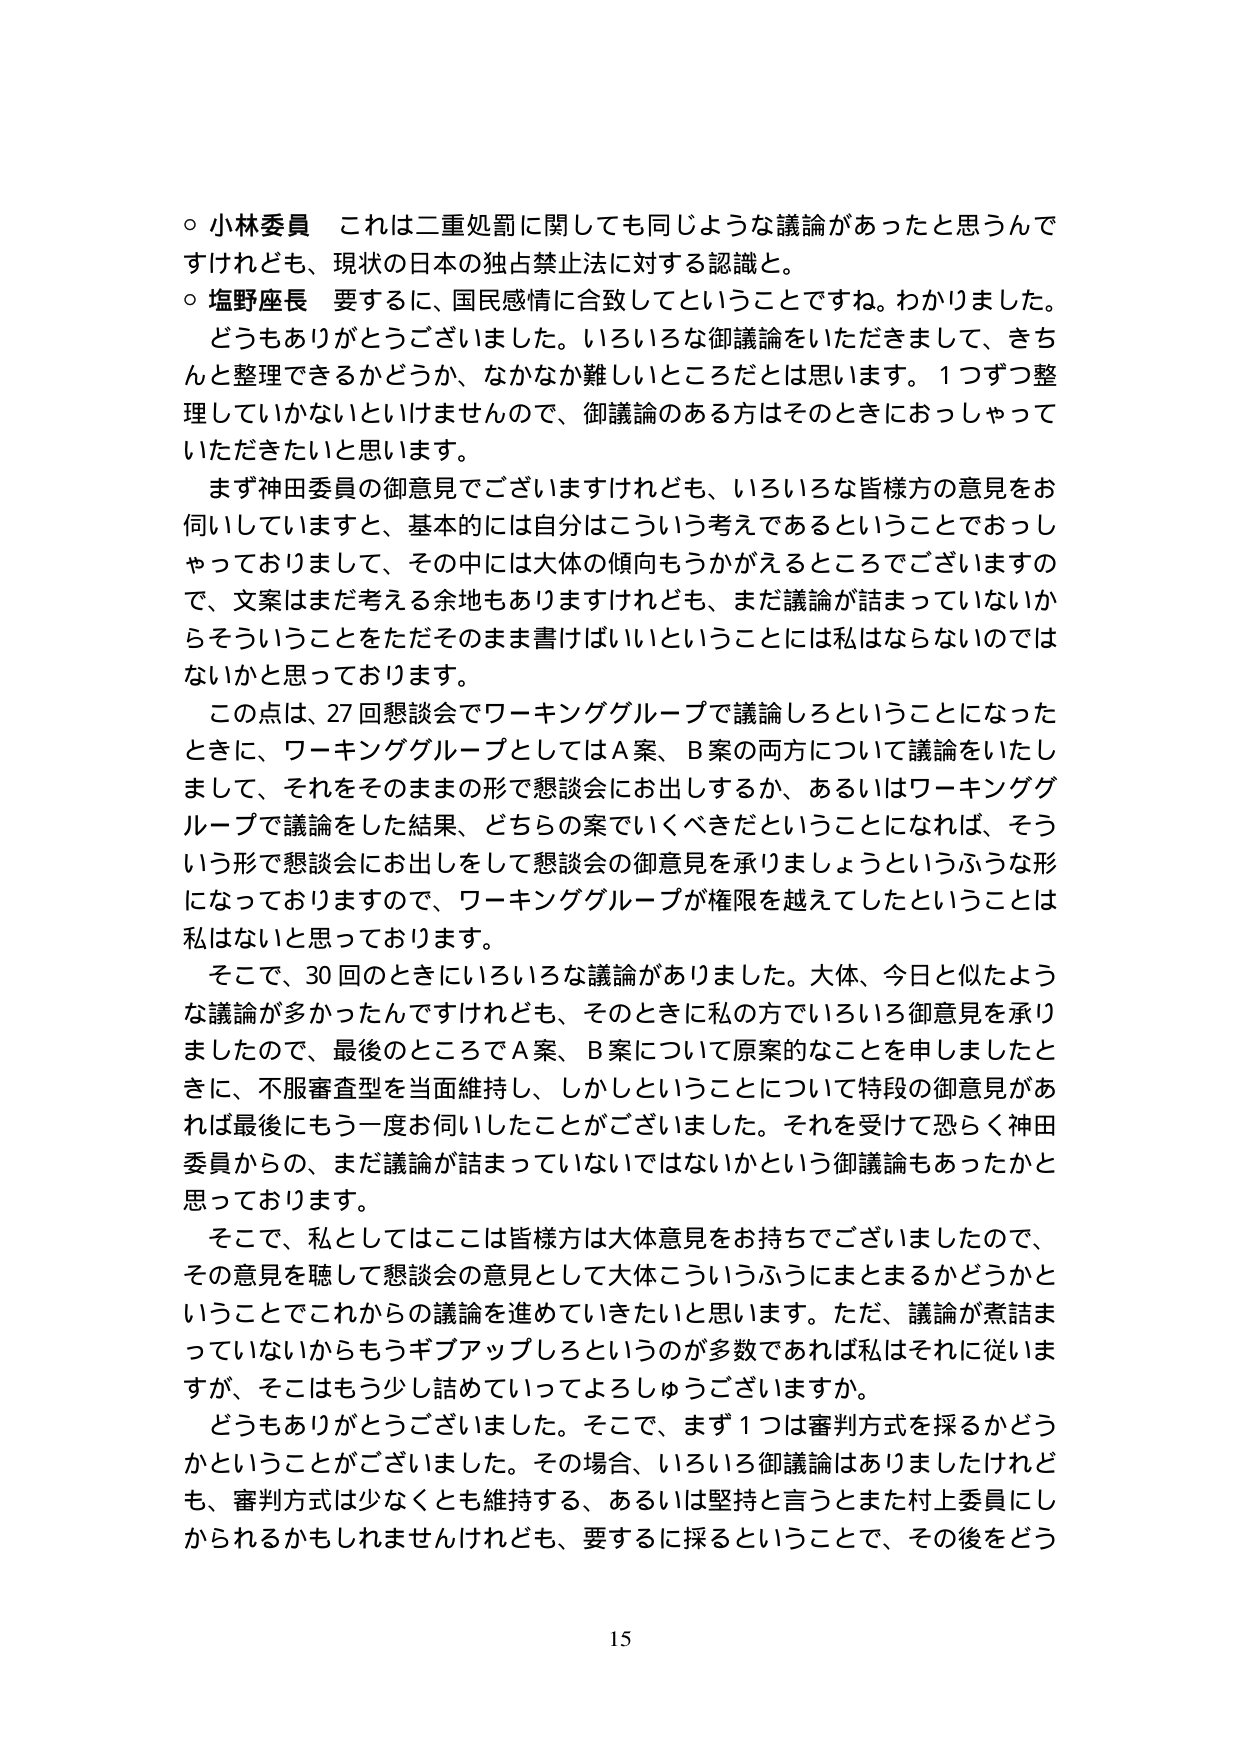
○ 小林委員 これは二重処罰に関しても同じような議論があったと思うんですけれども、現状の日本の独占禁止法に対する認識と。

○ 塩野座長 要するに、国民感情に合致してということですね。わかりました。どうもありがとうございました。いろいろな御議論をいただきまして、きちんと整理できるかどうか、なかなか難しいところだとは思います。1つずつ整理していかないといけませんので、御議論のある方はそのときにおっしゃっていただきたいと思います。

まず神田委員の御意見でございますけれども、いろいろな皆様方の意見をお伺いしていますと、基本的には自分はこういう考えであるということでおっしゃっておりまして、その中には大体の傾向もうかがえるところでございますので、文案はまだ考える余地もありますけれども、まだ議論が詰まっていないからそういうことをただそのまま書けばいいということには私はならないのではないかと思っております。

この点は、27回懇談会でワーキンググループで議論しろということになったときに、ワーキンググループとしてはA案、B案の両方について議論をいたしまして、それをそのままの形で懇談会にお出しするか、あるいはワーキンググループで議論をした結果、どちらの案でいくべきだということになれば、そういう形で懇談会にお出しをして懇談会の御意見を承りましょうというふうな形になっておりますので、ワーキンググループが権限を越えてしまったということは私はないと思っております。

そこで、30回のときにいろいろな議論がありました。大体、今日と似たような議論が多かったんですけれども、そのときに私の方でいろいろ御意見を承りましたので、最後のところでA案、B案について原案的なことを申しましたときに、不服審査型を当面維持し、しかしこういうことについて特段の御意見があれば最後にもう一度お伺いしたことがございました。それを受けて恐らく神田委員からの、まだ議論が詰まっていないではないかという御議論もあったかと思っております。

そこで、私としてはここは皆様方は大体意見をお持ちでございましたので、その意見を聴して懇談会の意見として大体こういうふうにまとまるかどうかということでこれからの議論を進めていきたいと思います。ただ、議論が煮詰まっていないからもうギブアップしろというのが多数であれば私はそれに従いますが、そこはもう少し詰めていってよろしゅうございますか。

どうもありがとうございました。そこで、まず1つは審判方式を採るかどうかということがございました。その場合、いろいろ御議論はありましたけれども、審判方式は少なくとも維持する、あるいは堅持と言うとまた村上委員にしかられるかもしれませんがけれども、要するに採るということで、その後をどう

15